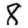
Digit: 8